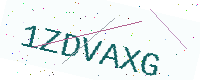
Text: 1ZDVAXG